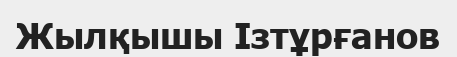
Жылқышы Ізтұрғанов